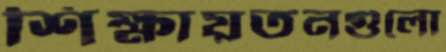
শিক্ষায়তনগুলো